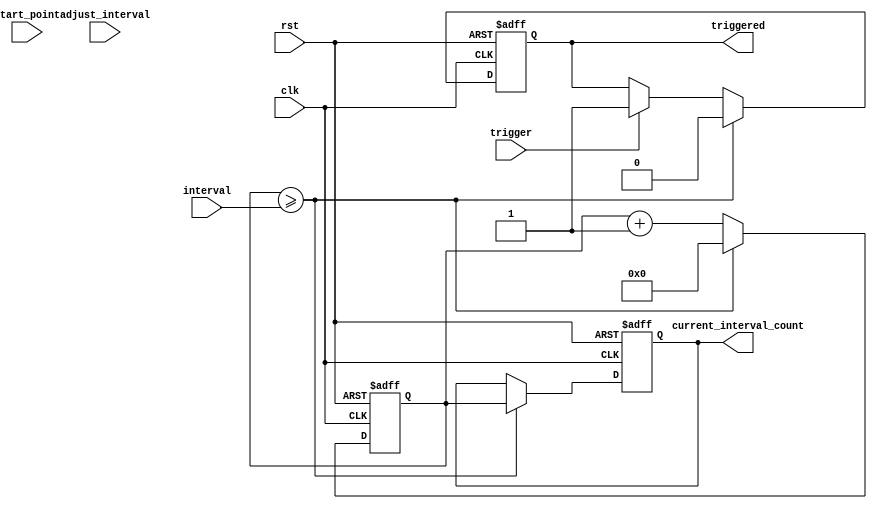
module IntervalTimer(
    input wire clk,
    input wire rst,
    input wire trigger,
    input wire [31:0] interval,
    input wire start_point,
    input wire adjust_interval,
    
    output reg triggered,
    output reg [31:0] current_interval_count
);

reg [31:0] interval_count;

always @(posedge clk or posedge rst) begin
    if(rst) begin
        triggered <= 0;
        current_interval_count <= 0;
        interval_count <= 0;
    end else begin
        if(trigger) begin
            triggered <= 1;
            interval_count <= 0;
        end
        if(interval_count >= interval) begin
            triggered <= 0;
            current_interval_count <= interval_count;
            interval_count <= 0;
        end else begin
            interval_count <= interval_count + 1;
        end
    end
end

endmodule